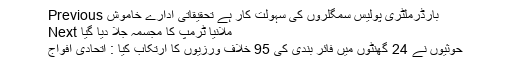
Previous بارڈرملٹری پولیس سمگلروں کی سہولت کار ہے تحقیقاتی ادارے خاموش
Next ملانیا ٹرمپ کا مجسمہ جلا دیا گیا
حوثیوں نے 24 گھنٹوں میں فائر بندی کی 95 خلاف ورزیوں کا ارتکاب کیا : اتحادی افواج